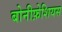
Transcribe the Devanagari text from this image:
बोनीफ़ेशियस